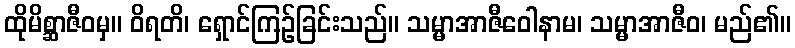
ထိုမိစ္ဆာဇီဝမှ။ ဝိရတိ၊ ရှောင်ကြဉ်ခြင်းသည်။ သမ္မာအာဇီဝေါနာမ၊ သမ္မာအာဇီဝ၊ မည်၏။